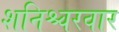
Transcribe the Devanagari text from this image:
शनिश्चरवार